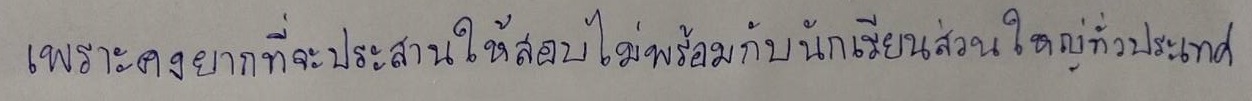
เพราะคงยากที่จะประสานให้สอบไม่พร้อมกับนักเรียนส่วนใหญ่ทั่วประเทศ